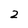
Character: 2